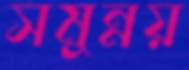
সমুন্নয়